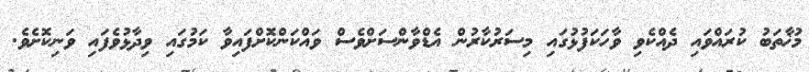
މުޚާތަބު ކުރައްވައި ދެއްކެވި ވާހަކަފުޅުގައި މިސަރުކާރުން އެޑްވާންސަށްވެސް ވައްކަންކޮށްފައިވާ ކަމުގައި ވިދާޅުވެފައި ވަނިކޮށެވެ.